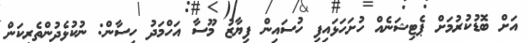
އަށް ބޮޑުކުރުމަށް ޕެޓިޝަނެއް ހުށަހަޅައިފި ހުސައިން ފިޔާޒު މޫސާ އަހްމަދު ހިސާން: ނުކުޅެދުންތެރިކަން